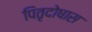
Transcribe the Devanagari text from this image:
पितृदोषास